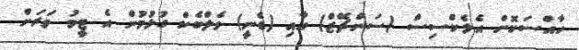
ހާއްސަކޮށް އެލެކްސިސް (ސަންޗޭޒް) އާއި (ޑެނީ) ވެލްބެކް ގުޅުމުން އެ ޓީމު ވަރަށް